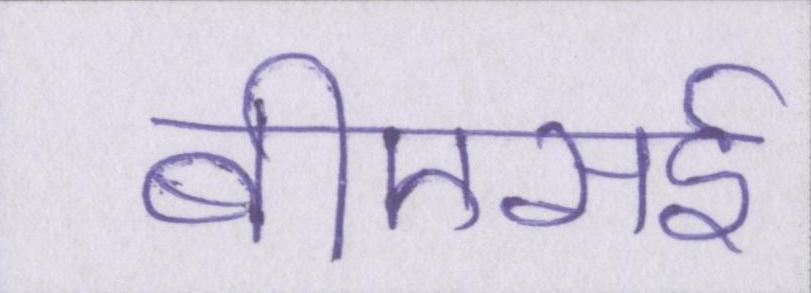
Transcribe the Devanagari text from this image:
बीएसई